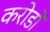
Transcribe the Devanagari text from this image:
करोडोँ